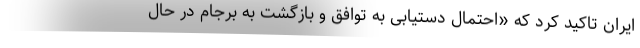
ایران تاکید کرد که «احتمال دستیابی به توافق و بازگشت به برجام در حال